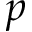
p